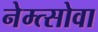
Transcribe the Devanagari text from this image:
नेम्त्सोवा